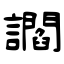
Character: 讇